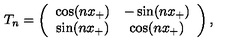
T _ { n } = \left( \begin{array} { c c } { \cos ( n x _ { + } ) } & { - \sin ( n x _ { + } ) } \\ { \sin ( n x _ { + } ) } & { \cos ( n x _ { + } ) } \\ \end{array} \right) ,